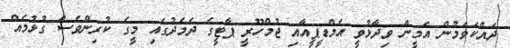
ދައްކަވަމުން އަމީން ވިދާޅުވީ އެމްޑީޕީއާއި ޖުމްހޫރީ ޕާޓީގެ ދެމެދުގައި މީގެ ކުރިންވެސް ގުޅުމެއް